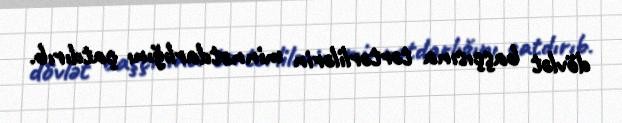
dövlət başçısına tərtərlilərin minnətdarlığını çatdırıb.